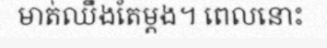
មាត់ឈឹងតែម្តង។ ពេលនោះ